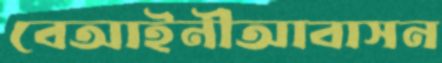
বেআইনীআবাসন